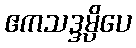
ဧကသဒ္ဒမ္ပိပေ